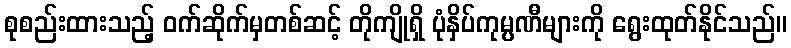
စုစည်းထားသည့် ဝက်ဆိုက်မှတစ်ဆင့် တိုကျိုရှိ ပုံနှိပ်ကုမ္ပဏီများကို ရွေးထုတ်နိုင်သည်။